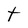
Character: t